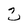
Character: 2